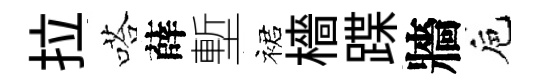
拉嗒薛塹裙檣蹀牆巵